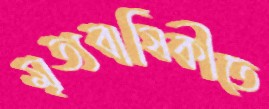
মৃত্যবার্ষিকীতে